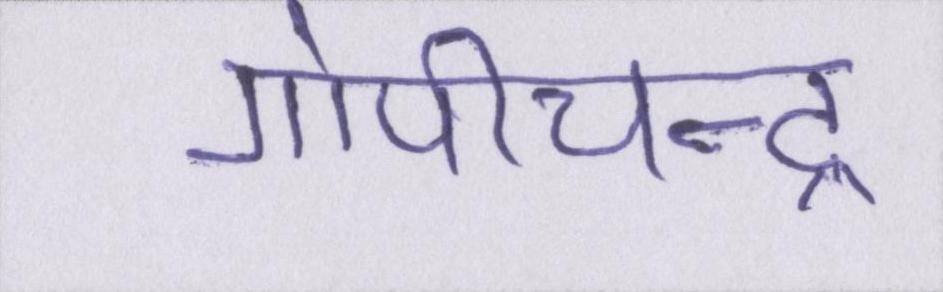
गोपीचन्द्र